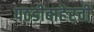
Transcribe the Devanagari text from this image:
पठडीबाहेरची